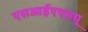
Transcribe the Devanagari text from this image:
एसआईएएसयू